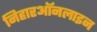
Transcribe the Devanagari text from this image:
निहारऑनलाइन